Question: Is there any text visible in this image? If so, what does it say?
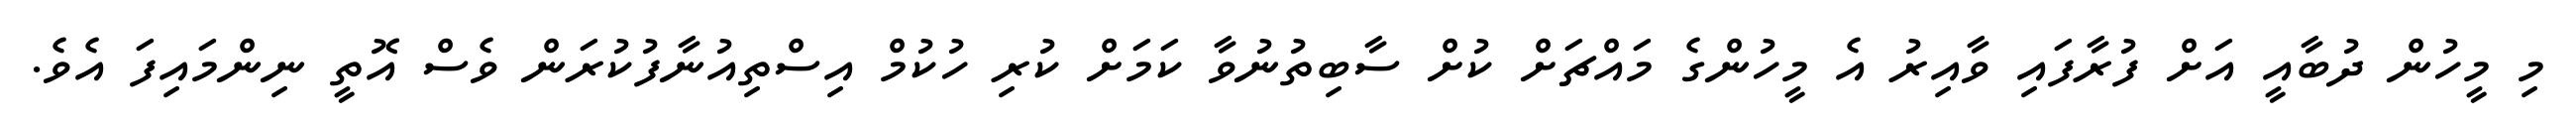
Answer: މި މީހުން ދުބާއީ އަށް ފުރާފައި ވާއިރު އެ މީހުންގެ މައްޗަށް ކުށް ސާބިތުނުވާ ކަމަށް ކުރި ހުކުމް އިސްތިއުނާފުކުރަން ވެސް އޮތީ ނިންމައިފަ އެވެ.